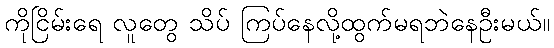
ကိုငြိမ်းရေ လူတွေ သိပ် ကြပ်နေလို့ထွက်မရဘဲနေဦးမယ်။